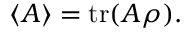
\langle A \rangle = \operatorname { t r } ( A \rho ) .